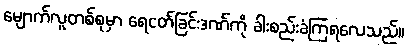
မျောက်လူတစ်စုမှာ ရေငတ်ခြင်းဒဏ်ကို ခါးစည်းခံကြရလေသည်။